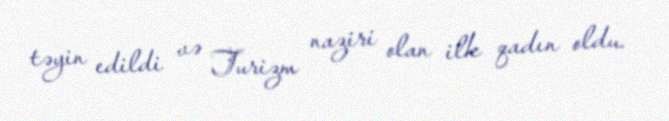
təyin edildi və Turizm naziri olan ilk qadın oldu.